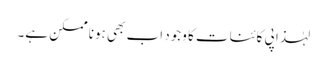
لہٰذا پی کائنات کا وجود اب بھی ہونا ممکن ہے۔